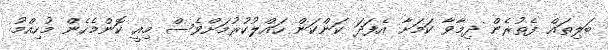
ބަލިތައް ފެތުރެން ދިމާވާ ކަމަށާ އެފަދަ ކަންކަން ހައްލުކުރުމަށްވެސް މިއީ ކޮންމެހެން މުހިއްމު